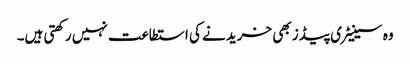
وہ سینیٹری پیڈز بھی خریدنے کی استطاعت نہیں رکھتی ہیں۔